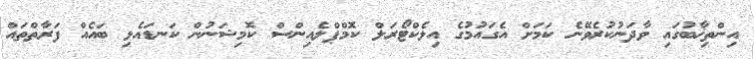
އިންތިޚާބުގައި ވާދަނުކުރެވޭނެ ކަމަށް އެގައުމުގެ އިލެކްޓޯރަލް ކޮމްޕްލެއިންސް ކޮމިޝަނުން ކަނޑައެޅި ބައެއް ފަރާތްތައް